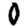
Digit: 0